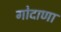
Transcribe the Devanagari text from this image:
गोदाणा